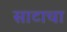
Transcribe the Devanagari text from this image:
साटाचा